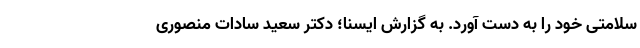
سلامتی خود را به دست آورد. به گزارش ایسنا؛ دکتر سعید سادات منصوری